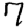
Digit: 7